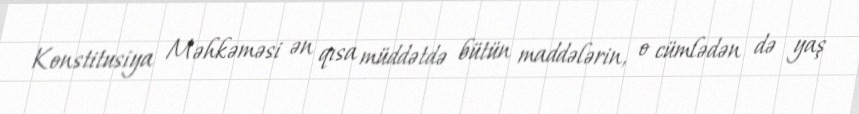
Konstitusiya Məhkəməsi ən qısa müddətdə bütün maddələrin, o cümlədən də yaş